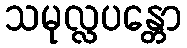
သမုလ္လပန္တော